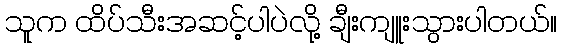
သူက ထိပ်သီးအဆင့်ပါပဲလို့ ချီးကျူးသွားပါတယ်။